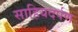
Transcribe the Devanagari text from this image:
साहियदर्पण